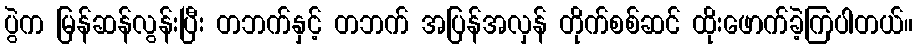
ပွဲက မြန်ဆန်လွန်းပြီး တဘက်နှင့် တဘက် အပြန်အလှန် တိုက်စစ်ဆင် ထိုးဖောက်ခဲ့ကြပါတယ်။